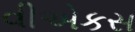
વીએકસ